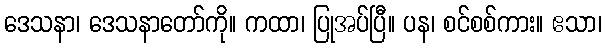
ဒေသနာ၊ ဒေသနာတော်ကို။ ကထာ၊ ပြုအပ်ပြီ။ ပန၊ စင်စစ်ကား။ ဧသာ၊